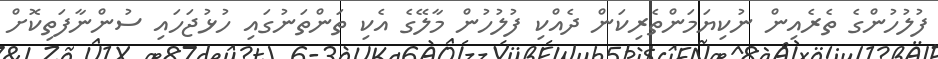
ފުލުހުންގެ ތެރެއިން ނުކިޔަމަންތެރިކަން ދެއްކި ފުލުހުން މާލޭގެ އެކި ތަންތަނުގައި ހުޅުޖަހައި ސުންނާފަތިކޮށް